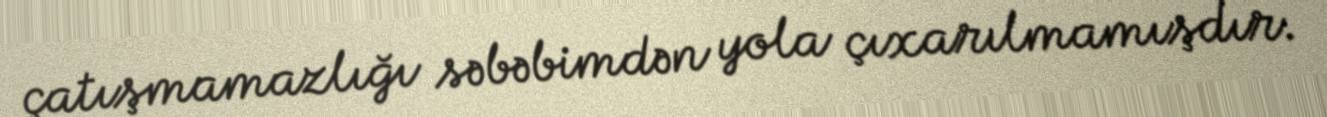
çatışmamazlığı səbəbimdən yola çıxarılmamışdır.